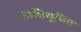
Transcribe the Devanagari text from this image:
आधिसूचित